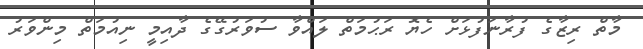
މާތް ރިޒާގެ ފުރާނަފުޅަށް ހެޔޮ ރަޙުމަތް ލައްވާ ސުވަރުގޭގެ ދާއިމީ ނިއުމަތް މިންވަރު